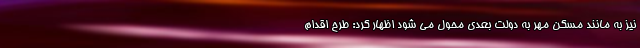
نیز به مانند مسکن مهر به دولت بعدی محول می شود اظهار کرد: طرح اقدام